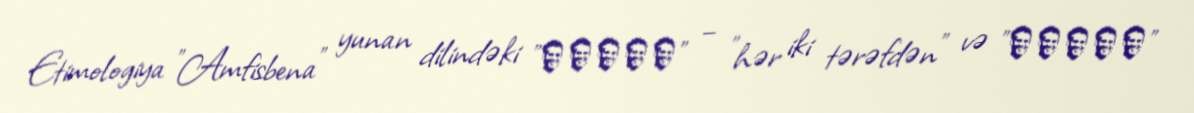
Etimologiya "Amfisbena" yunan dilindəki "ἀμφίς" – "hər iki tərəfdən" və "βάινο"